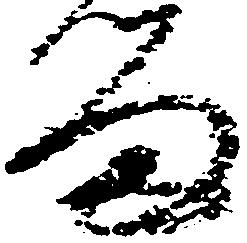
留